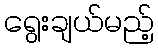
ရွေးချယ်မည့်